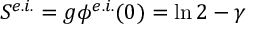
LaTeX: S ^ { e . i . } = g \phi ^ { e . i . } ( 0 ) = \ln 2 - \gamma